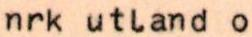
nrk utland o